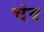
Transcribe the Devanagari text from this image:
चंव